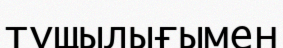
тұщылығымен